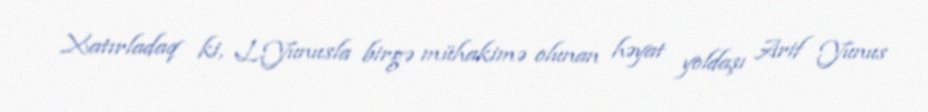
Xatırladaq ki, L.Yunusla birgə mühakimə olunan həyat yoldaşı Arif Yunus